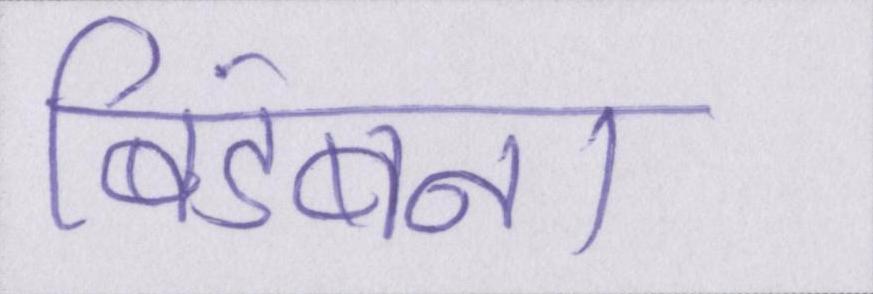
बिडंबना